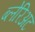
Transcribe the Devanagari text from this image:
ब्लेरिअट